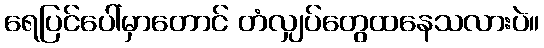
ရေပြင်ပေါ်မှာတောင် တံလျှပ်တွေထနေသလားပဲ။